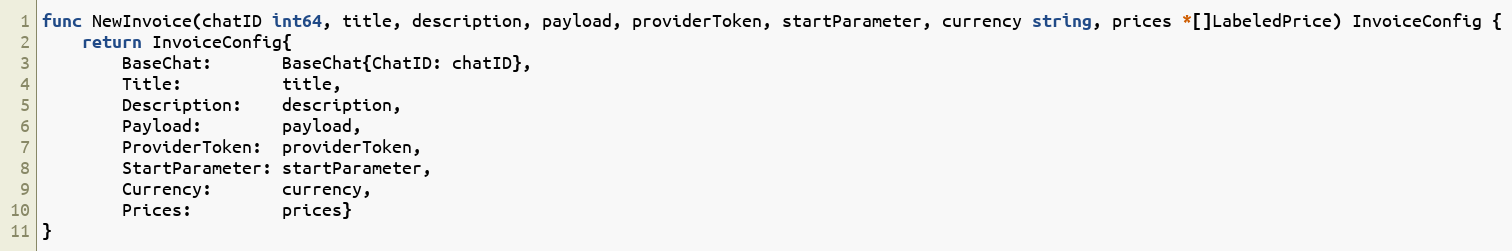
Language: Go
func NewInvoice(chatID int64, title, description, payload, providerToken, startParameter, currency string, prices *[]LabeledPrice) InvoiceConfig {
	return InvoiceConfig{
		BaseChat:       BaseChat{ChatID: chatID},
		Title:          title,
		Description:    description,
		Payload:        payload,
		ProviderToken:  providerToken,
		StartParameter: startParameter,
		Currency:       currency,
		Prices:         prices}
}